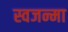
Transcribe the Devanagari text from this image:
स्वजन्मा